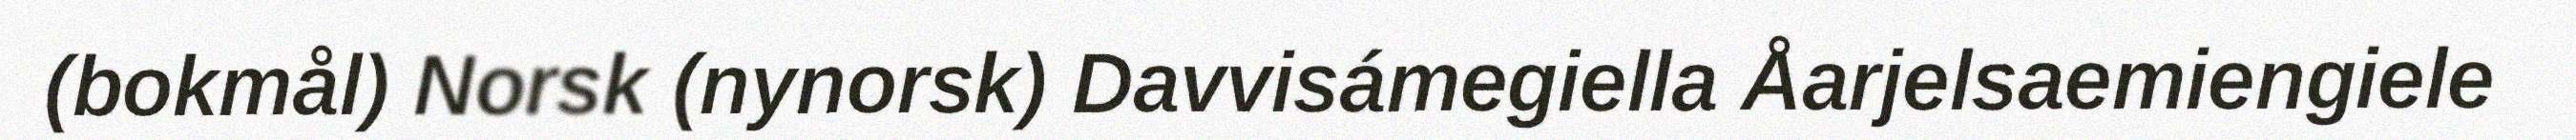
(bokmål) Norsk (nynorsk) Davvisámegiella Åarjelsaemiengiele